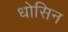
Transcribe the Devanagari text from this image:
धोसिन